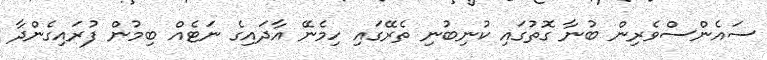
ސައެންސްވެރިން ބުނާ ގޮތުގައި ކުނިބުނި ތެރޭގައި ހިމެނޭ އާދައިގެ ނަޓެއް ބިމުން ފުރައިގެންދާ